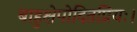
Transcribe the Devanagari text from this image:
बाहुक्षेपोदितप्रियः।